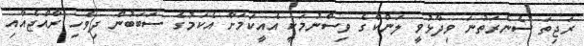
ރަޖިތަ ސެނެރަތުނަ ވިދާޅުވީ ލަންކާގެ ވިސްނުމަކީ އެއީކަމަށާ އެކަމުގެ ސަބަބުން ދިވެހި ރާއްޖެއާއި